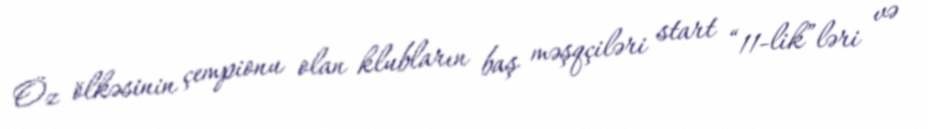
Öz ölkəsinin çempionu olan klubların baş məşqçiləri start “11-lik”ləri və